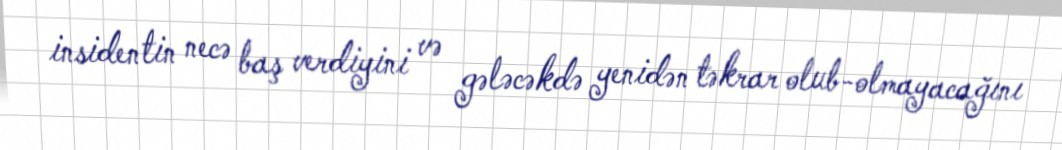
insidentin necə baş verdiyini və gələcəkdə yenidən təkrar olub-olmayacağını